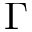
\Gamma